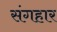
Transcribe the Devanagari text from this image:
संगहार